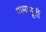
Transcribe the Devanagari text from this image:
रामामूर्ती